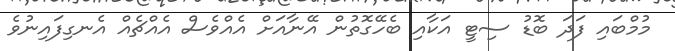
މުމްބައި ފަދަ ބޮޑު ސިޓީ އަކާއި ބެހޭގޮތުން އޭނާއަށް އެއްވެސް އެއްޗެއް އެނގިފައިނުވެ